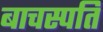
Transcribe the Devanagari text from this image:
बाचस्पति